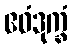
ဧဝံဒုက္ခံ